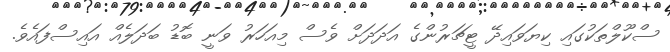
ސްކޫލްތަކުގައި ކިޔަވައިދޭ ޓީޗަރުންގެ އަދަދަށް ވެސް މިއަހަރު ވަނީ ބޮޑު ބަދަލެއް އައިސްފައެވެ.